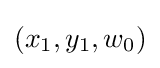
(x_{1},y_{1},w_{0})